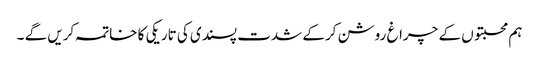
ہم محبتوں کے چراغ روشن کرکے شدت پسندی کی تاریکی کا خاتمہ کریں گے ۔